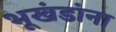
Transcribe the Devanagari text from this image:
भूखंडांना